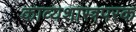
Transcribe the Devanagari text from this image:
काव्यशास्त्रपरक